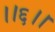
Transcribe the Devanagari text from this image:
।।६।।